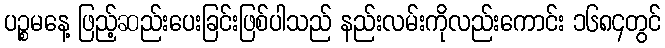
ပဉ္စမနေ့ ဖြည့်ဆည်းပေးခြင်းဖြစ်ပါသည် နည်းလမ်းကိုလည်းကောင်း ၁၆၈၄တွင်